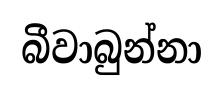
බීවාබුන්නා